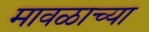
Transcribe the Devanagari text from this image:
मावळाच्या